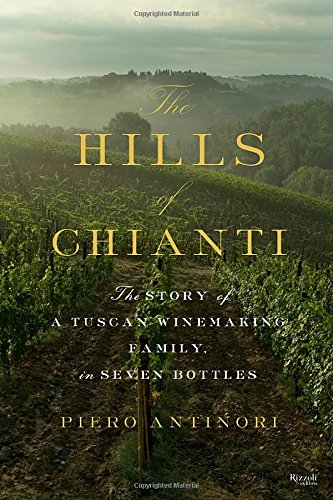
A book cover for The Hills of Chianti: The Story of a Tuscan Winemaking Family, in Seven Bottles; Piero Antinori; History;